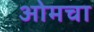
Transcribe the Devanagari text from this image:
ओमचा